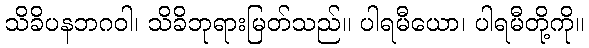
သိခိပနဘဂဝါ၊ သိခိဘုရားမြတ်သည်။ ပါရမီယော၊ ပါရမီတို့ကို။